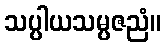
သပ္ပါယသမ္ပဇညံ။